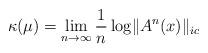
LaTeX: \begin{align*} \kappa(\mu)=\lim_{n\to \infty}\frac 1n \log \lVert A^n(x)\rVert_{ic} \end{align*}